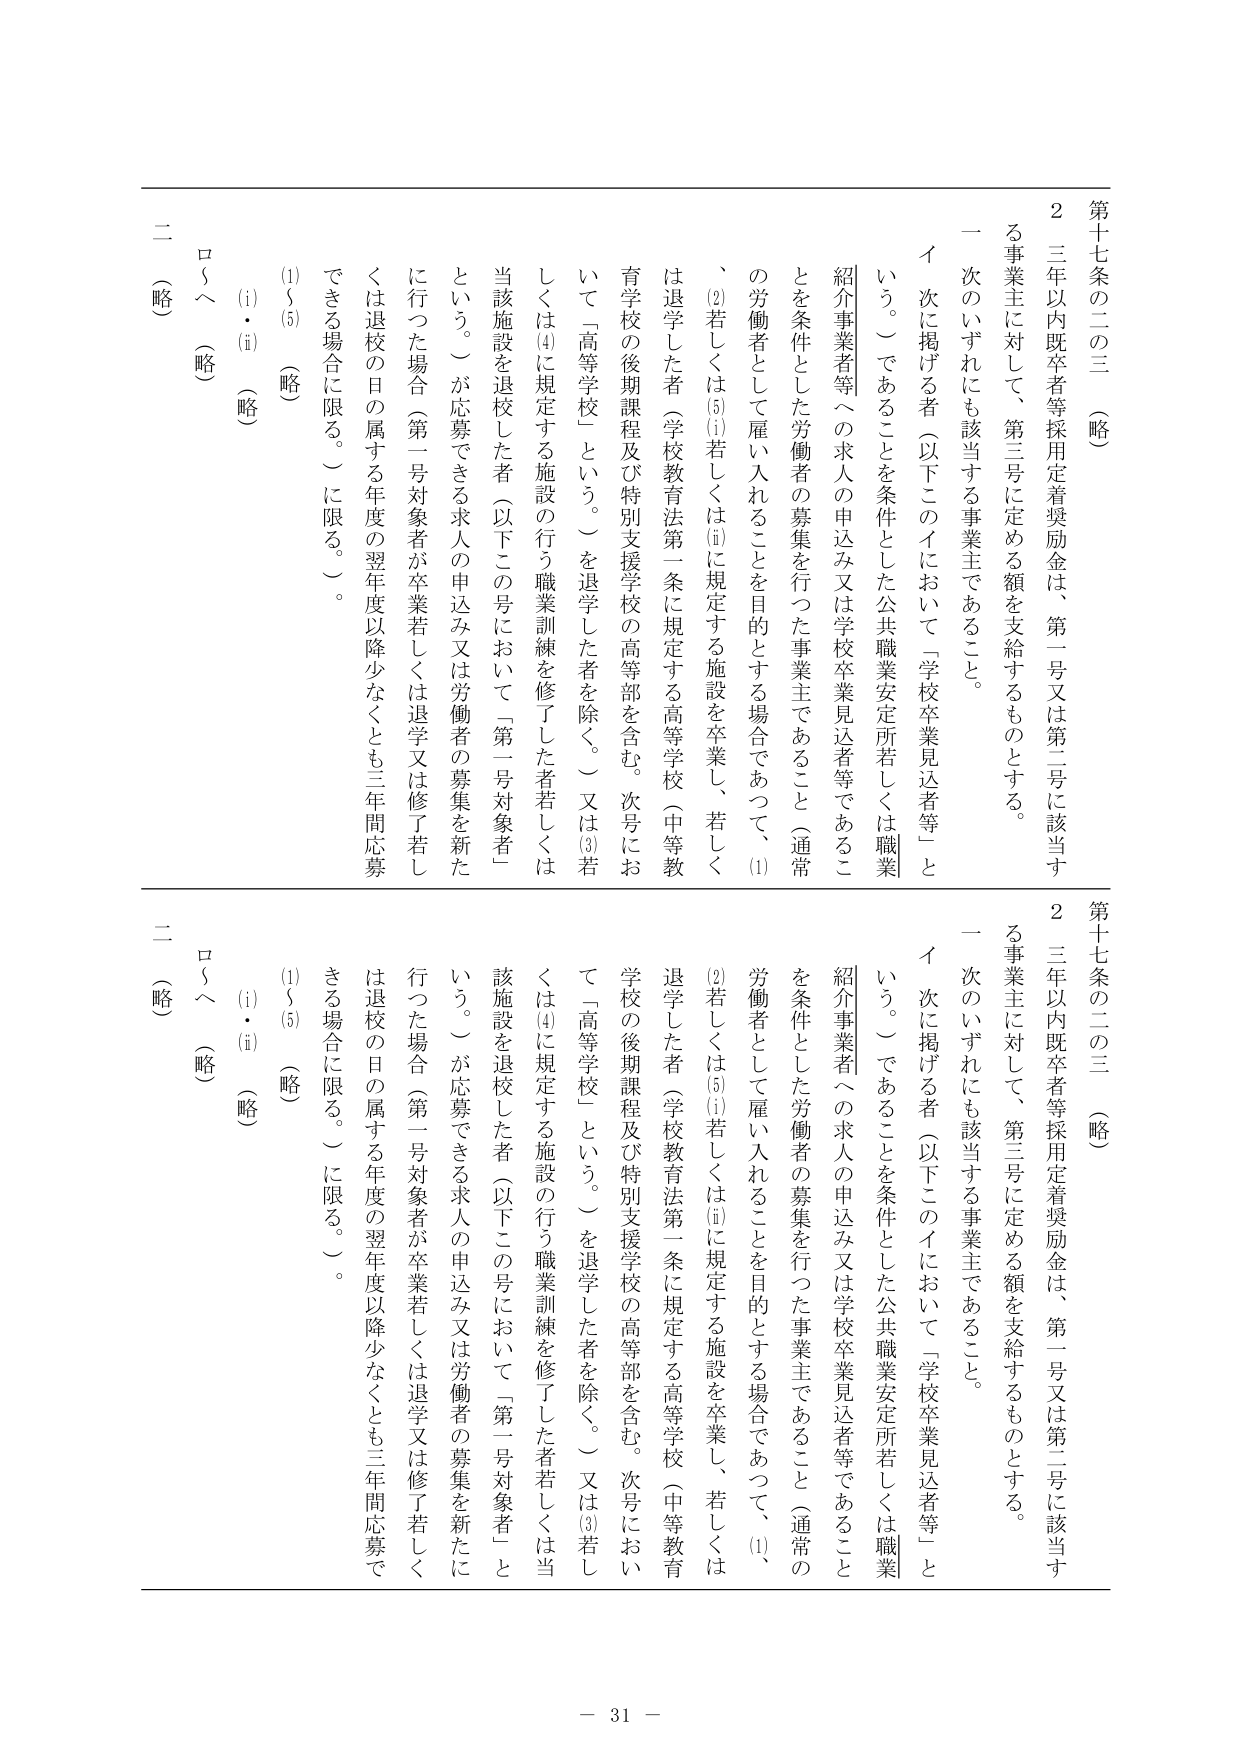
第十七条の二の三（略）

２ 三年以内既卒者等採用定着奨励金は、第一号又は第二号に該当する事業主に対して、第三号に定める額を支給するものとする。

一 次のいずれにも該当する事業主であること。

イ 次に掲げる者（以下このイにおいて「学校卒業見込者等」という。）であることを条件とした公共職業安定所若しくは職業紹介事業者への求人の申込み又は学校卒業見込者等であることを条件とした労働者の募集を行った事業主であること（通常の労働者として雇い入れることを目的とする場合であって、(1)、(2)若しくは(5)(i)若しくは(ii)に規定する施設を卒業し、若しくは退学した者（学校教育法第一条に規定する高等学校（中等教育学校の後期課程及び特別支援学校の高等部を含む。次号において「高等学校」という。）を退学した者を除く。）又は(3)若しくは(4)に規定する施設の行う職業訓練を修了した者若しくは当該施設を退校した者（以下この号において「第一号対象者」という。）が応募できる求人の申込み又は労働者の募集を新たに行った場合（第一号対象者が卒業若しくは退学又は修了若しくは退校の日の属する年度の翌年度以降少なくとも三年間応募できる場合に限る。）に限る。）。

(1)～(5)（略）

(i)・(ii)（略）

ロ～ヘ（略）

二（略）

第十七条の二の三（略）

２ 三年以内既卒者等採用定着奨励金は、第一号又は第二号に該当する事業主に対して、第三号に定める額を支給するものとする。

一 次のいずれにも該当する事業主であること。

イ 次に掲げる者（以下このイにおいて「学校卒業見込者等」という。）であることを条件とした公共職業安定所若しくは職業紹介事業者への求人の申込み又は学校卒業見込者等であることを条件とした労働者の募集を行った事業主であること（通常の労働者として雇い入れることを目的とする場合であって、(1)、(2)若しくは(5)(i)若しくは(ii)に規定する施設を卒業し、若しくは退学した者（学校教育法第一条に規定する高等学校（中等教育学校の後期課程及び特別支援学校の高等部を含む。次号において「高等学校」という。）を退学した者を除く。）又は(3)若しくは(4)に規定する施設の行う職業訓練を修了した者若しくは当該施設を退校した者（以下この号において「第一号対象者」という。）が応募できる求人の申込み又は労働者の募集を新たに行った場合（第一号対象者が卒業若しくは退学又は修了若しくは退校の日の属する年度の翌年度以降少なくとも三年間応募できる場合に限る。）に限る。）。

(1)～(5)（略）

(i)・(ii)（略）

ロ～ヘ（略）

二（略）

－ 31 －